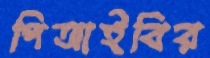
পিআইবির